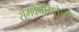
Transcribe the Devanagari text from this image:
संभवनीयतेच्या